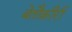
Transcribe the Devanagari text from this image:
बेतौक़ीरी